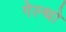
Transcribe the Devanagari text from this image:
गेल्थो